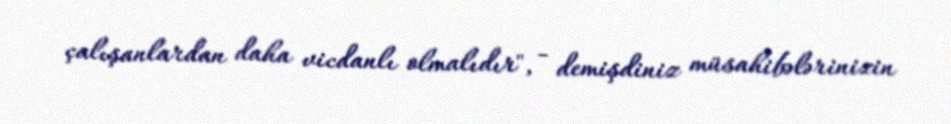
çalışanlardan daha vicdanlı olmalıdır", - demişdiniz müsahibələrinizin